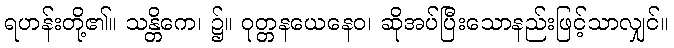
ရဟန်းတို့၏။ သန္တိကေ၊ ၌။ ဝုတ္တနယေနေဝ၊ ဆိုအပ်ပြီးသောနည်းဖြင့်သာလျှင်။